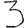
Digit: 3